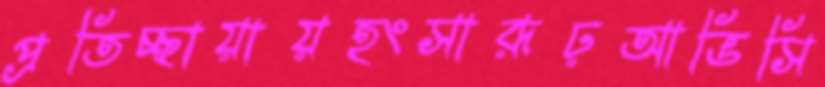
প্রতিচ্ছায়ায়হংসারূঢ়আভিসি